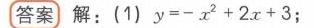
答案 解：(1) \(y=-x^{2}+2x + 3\)